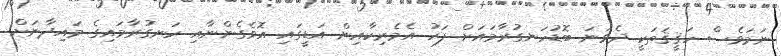
ނަމަވެސް ހަޤީޤަތަކީ ދެވަނަ ބޮޑުހަނގުރާމައަށް ފަހު އެމެރިކާއިން އަޑީގައި އޮވެގެންނާއި ހަނގުރާމައިގެ މައިދާނަށް